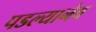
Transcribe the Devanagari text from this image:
पडल्यानेव